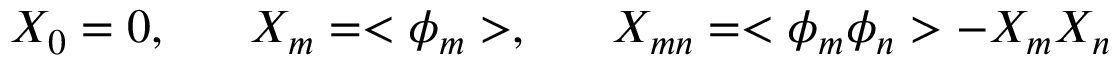
X _ { 0 } = 0 , \; \; \; \; \; \; X _ { m } = < \phi _ { m } > , \; \; \; \; \; \; X _ { m n } = < \phi _ { m } \phi _ { n } > - X _ { m } X _ { n }